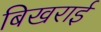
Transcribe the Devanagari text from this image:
बिखराई